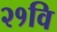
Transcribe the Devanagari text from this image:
२१वि